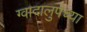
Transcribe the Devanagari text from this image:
ग्वादालुपेच्या